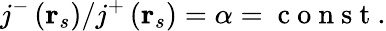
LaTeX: j^{-}\left(\mathbf{r}_{s}\right)/j^{+}\left(\mathbf{r}_{s}\right)=\alpha=\mathrm{~c~o~n~s~t~}.